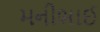
મનીભાઈ